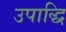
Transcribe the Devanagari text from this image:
उपाद्धि